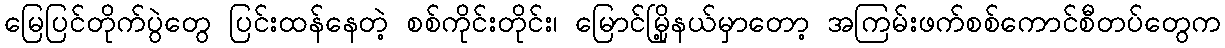
မြေပြင်တိုက်ပွဲတွေ ပြင်းထန်နေတဲ့ စစ်ကိုင်းတိုင်း၊ မြောင်မြို့နယ်မှာတော့ အကြမ်းဖက်စစ်ကောင်စီတပ်တွေက